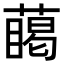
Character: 𮑥